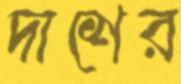
দাশের